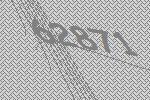
62871